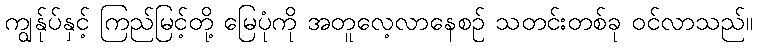
ကျွန်ုပ်နှင့် ကြည်မြင့်တို့ မြေပုံကို အတူလေ့လာနေစဉ် သတင်းတစ်ခု ဝင်လာသည်။